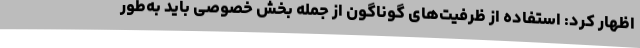
اظهار کرد: استفاده از ظرفیت‌های گوناگون از جمله بخش خصوصی باید به‌طور